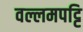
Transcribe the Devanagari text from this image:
वल्लमपट्टि